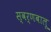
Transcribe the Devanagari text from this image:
स्वर्णबालू